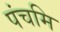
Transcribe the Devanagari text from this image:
पंचमि